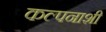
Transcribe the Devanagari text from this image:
कल्पनाशी